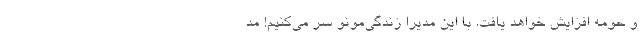
و حومه افزایش خواهد یافت. با این مدیرا زندگی‌مونو سر می‌کنیم! مُد